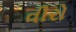
વીરો